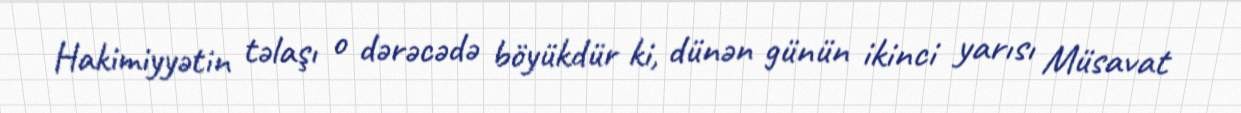
Hakimiyyətin təlaşı o dərəcədə böyükdür ki, dünən günün ikinci yarısı Müsavat